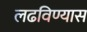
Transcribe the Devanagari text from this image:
लढविण्यास